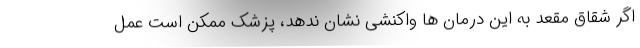
اگر شقاق مقعد به این درمان ها واکنشی نشان ندهد، پزشک ممکن است عمل